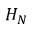
H _ { N }